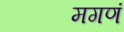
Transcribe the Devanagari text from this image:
मगणं